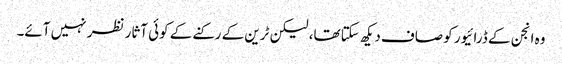
وہ انجن کے ڈرائیور کو صاف دیکھ سکتا تھا، لیکن ٹرین کے رکنے کے کوئی آثار نظر نہیں آئے۔